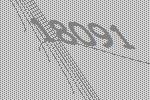
18091